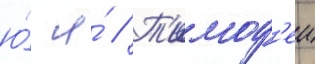
ю́ я́ // Т'имоф'еи